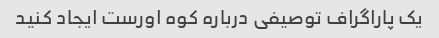
یک پاراگراف توصیفی درباره کوه اورست ایجاد کنید